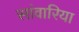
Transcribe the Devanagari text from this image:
सांवारिया